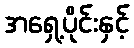
အရှေ့ပိုင်းနှင့်